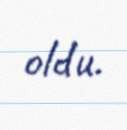
oldu.